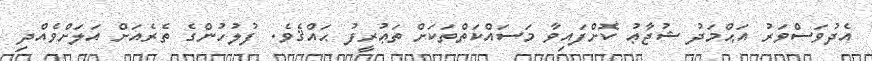
އެދުވަސްވަރު އަޙްމަދު ޝުޖާޢު ކޮށްފައިވާ މަސައްކަތްތަކަށް ތަޢުރީފު ޙައްޤެވެ. ފުލުހުންގެ ތެރެއަށް އަލަށްވެއްދި